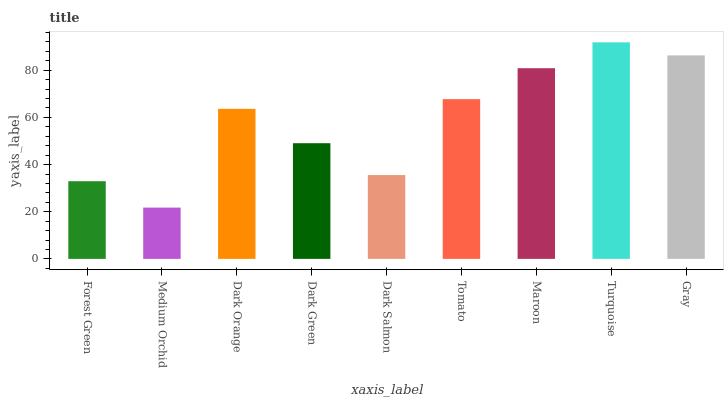
| xaxis_label | bars |
 | --- | --- |
 | Forest Green | 32.9 |
 | Medium Orchid | 21.8 |
 | Dark Orange | 63.6 |
 | Dark Green | 49.1 |
 | Dark Salmon | 35.5 |
 | Tomato | 67.8 |
 | Maroon | 80.9 |
 | Turquoise | 91.8 |
 | Gray | 86.3 |